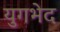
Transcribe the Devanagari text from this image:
युगभेद